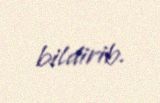
bildirib.